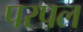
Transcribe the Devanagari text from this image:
परपल